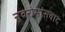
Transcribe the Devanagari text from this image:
नवरोमांसवाद